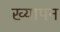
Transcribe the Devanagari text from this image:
ख्यापन